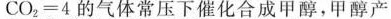
$$C O _ { 2 } = 4$$的气体常压下催化合成甲醇，甲醇产